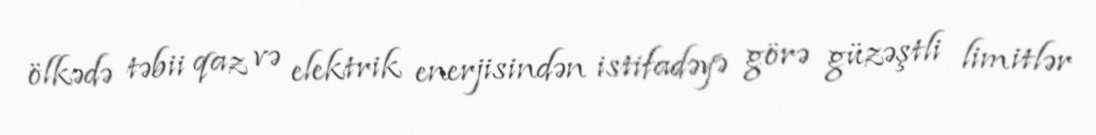
ölkədə təbii qaz və elektrik enerjisindən istifadəyə görə güzəştli limitlər